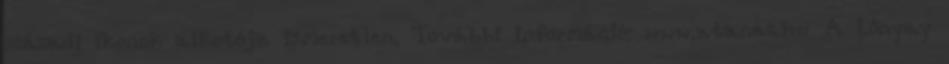
századi ikonok alkotója ismeretlen. További információ: www.atanaz.hu A Lónyay